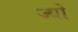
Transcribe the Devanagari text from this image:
ज्‍यो